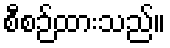
စီစဉ်ထားသည်။